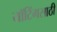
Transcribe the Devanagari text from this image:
यॉटिंगसाठी